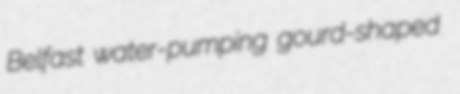
Belfast water-pumping gourd-shaped